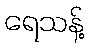
ရေသန့်